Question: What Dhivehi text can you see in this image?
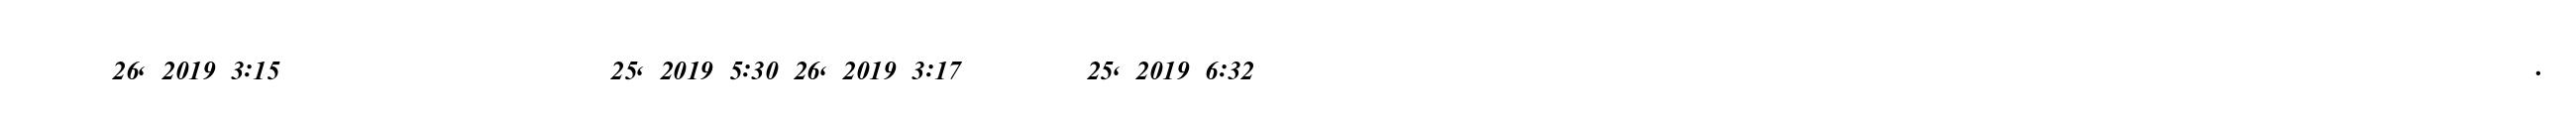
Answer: ?????? 26, 2019 3:15 ????????? ??? ??? ????????? 25, 2019 5:30 26, 2019 3:17 ????????? 25, 2019 6:32 ?????????????????????????????? ?????????????????? ????????? ????????????? ??????? ?? ???????? ???????????????????????.